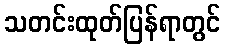
သတင်းထုတ်ပြန်ရာတွင်